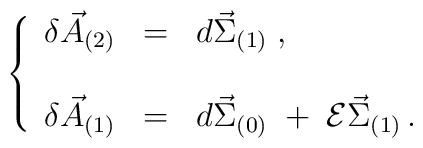
\left\{\begin{array}{rcl}\delta\vec{A}_{(2)} &=& d\vec{\Sigma}_{(1)} \; , \\                    & &    \\\delta\vec{A}_{(1)} &=& d\vec{\Sigma}_{(0)} \;+\;                        {\cal E}\vec{\Sigma}_{(1)} \, .\end{array}\right.